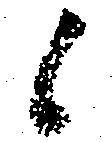
候